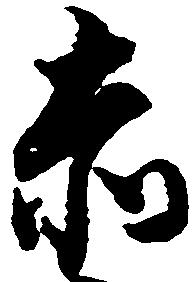
赤